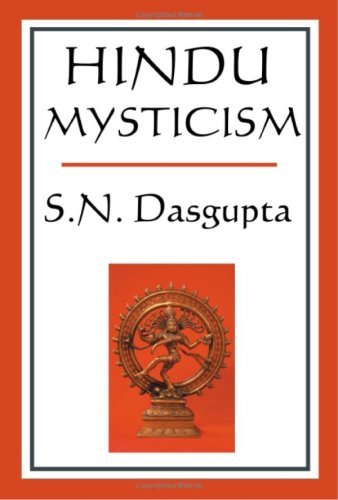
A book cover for Hindu Mysticism; S. N. DasGupta; Religion & Spirituality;